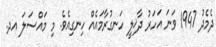
ދެމެދު 1947 ވަނަ އަހަރު ދާޚިލީ ހަނގުރާމައެއް ހިނގިއެވެ. މި މައްސަލަ އދ.